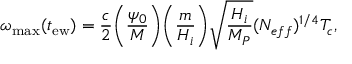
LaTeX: \omega _ { \mathrm { m a x } } ( t _ { \mathrm { e w } } ) = \frac { c } { 2 } \biggl ( \frac { \psi _ { 0 } } { M } \biggr ) \biggl ( \frac { m } { H _ { i } } \biggr ) \sqrt { \frac { H _ { i } } { M _ { P } } } ( N _ { e f f } ) ^ { 1 / 4 } T _ { c } ,